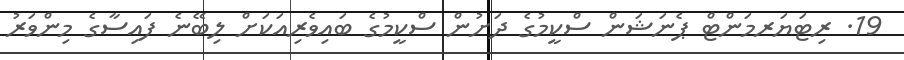
19. ރިޓަޔަރމަންޓް ޕެނަޝަން ސްކީމުގެ ދަށުން ސްކީމުގެ ބައިވެރިއަކަށް ލިބޭނެ ފައިސާގެ މިންވަރު